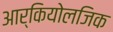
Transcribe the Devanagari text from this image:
आर्कियोलजिक